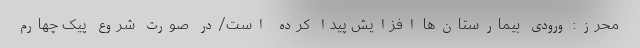
محرز: ورودی بیمارستان‌ها افزایش پیدا کرده است/در صورت شروع پیک چهارم